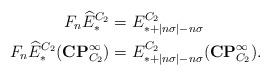
LaTeX: \begin{align*}F_n\widehat{E}^{C_2}_* & = E^{C_2}_{*+|n\sigma| -n\sigma}\\F_n\widehat{E}^{C_2}_*(\mathbf{CP}^\infty_{C_2}) & = E^{C_2}_{*+|n\sigma|-n\sigma}(\mathbf{CP}^\infty_{C_2}).\end{align*}